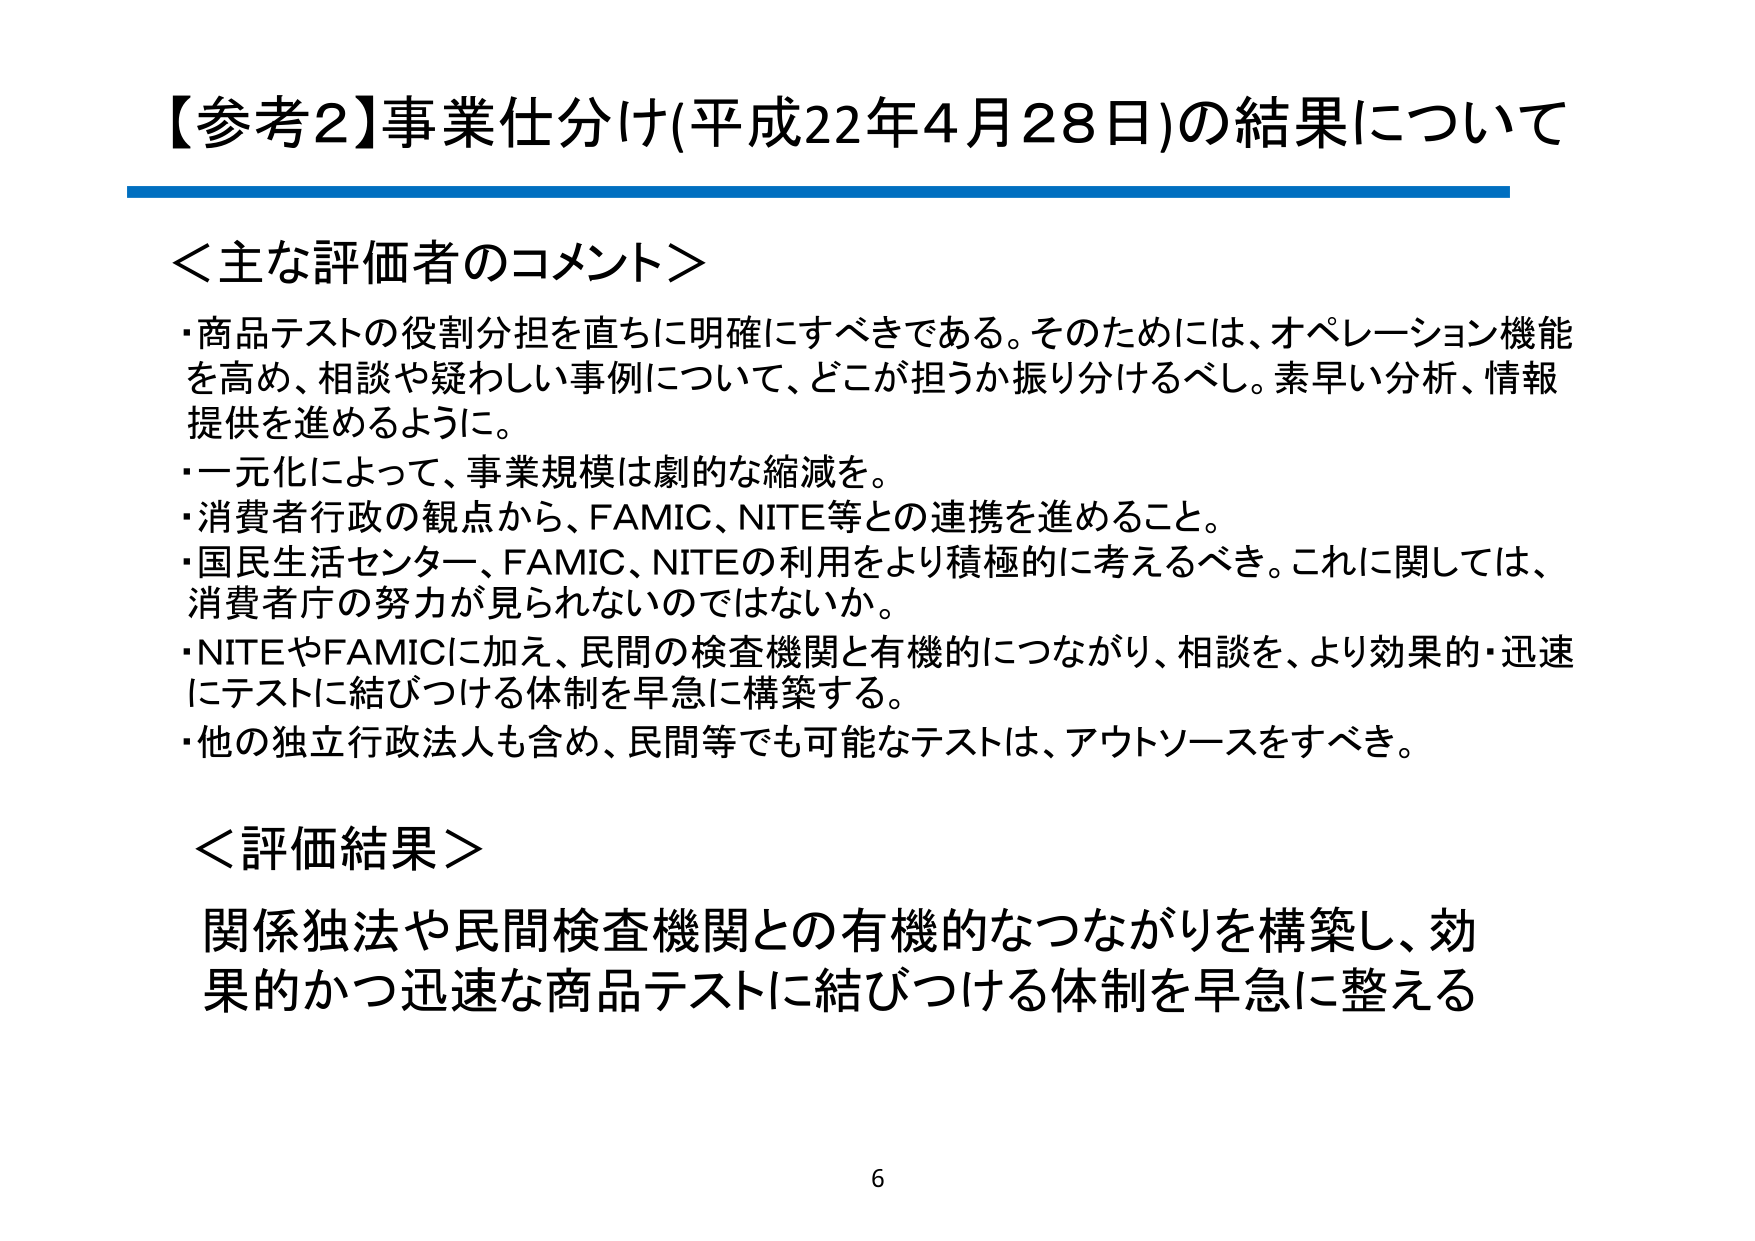
【参考2】事業仕分け(平成22年4月28日)の結果について

＜主な評価者のコメント＞
・商品テストの役割分担を直ちに明確にすべきである。そのためには、オペレーション機能を高め、相談や疑わしい事例について、どこが担うか振り分けるべし。素早い分析、情報提供を進めるように。
・一元化によって、事業規模は劇的な縮減を。
・消費者行政の観点から、FAMIC、NITE等との連携を進めること。
・国民生活センター、FAMIC、NITEの利用をより積極的に考えるべき。これに関しては、消費者庁の努力が見られないのではないか。
・NITEやFAMICに加え、民間の検査機関と有機的につながり、相談を、より効果的・迅速にテストに結びつける体制を早急に構築する。
・他の独立行政法人も含め、民間等でも可能なテストは、アウトソースをすべき。

＜評価結果＞
関係独法や民間検査機関との有機的なつながりを構築し、効果的かつ迅速な商品テストに結びつける体制を早急に整える

6